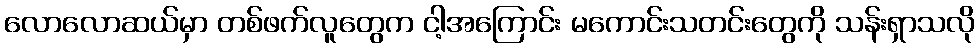
လောလောဆယ်မှာ တစ်ဖက်လူတွေက ငါ့အကြောင်း မကောင်းသတင်းတွေကို သန်းရှာသလို